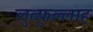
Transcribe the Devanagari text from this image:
लुत्फुल्लाह